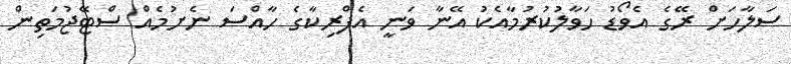
ސަލާހަށް ރޭގެ އެވޯޑު ހަވާލުކުރުމާއެކު އޭނާ ވަނީ އެފްރިކާގެ ހާއްސަ ނެށުމެއް ސްޓޭޖުމަތިން